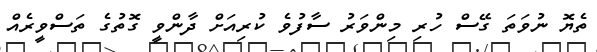
ތެޔޮ ނުވަތަ ގޭސް ހުރި މިންވަރު ސާފުވެ ކުރިއަށް ދާންވީ ގޮތުގެ ތަސްވީރެއް